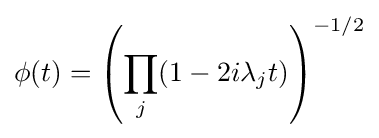
\phi (t)=\left(\prod _{j}(1-2i\lambda _{j}t)\right)^{-1/2}